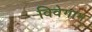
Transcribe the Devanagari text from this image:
विवेगाम